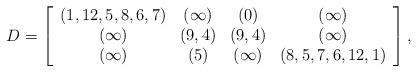
LaTeX: \begin{align*}D=\left[\begin{array}{cccc}(1,12,5,8,6,7) & (\infty) & (0) & (\infty)\\(\infty) & (9,4) & (9,4) & (\infty)\\(\infty) & (5) & (\infty) & (8,5,7,6,12,1)\end{array}\right],\end{align*}